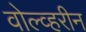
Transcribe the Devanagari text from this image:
वोल्व्हरीन